Sketch of the medical history of the native army of Bombay, for the year
Year: 1870
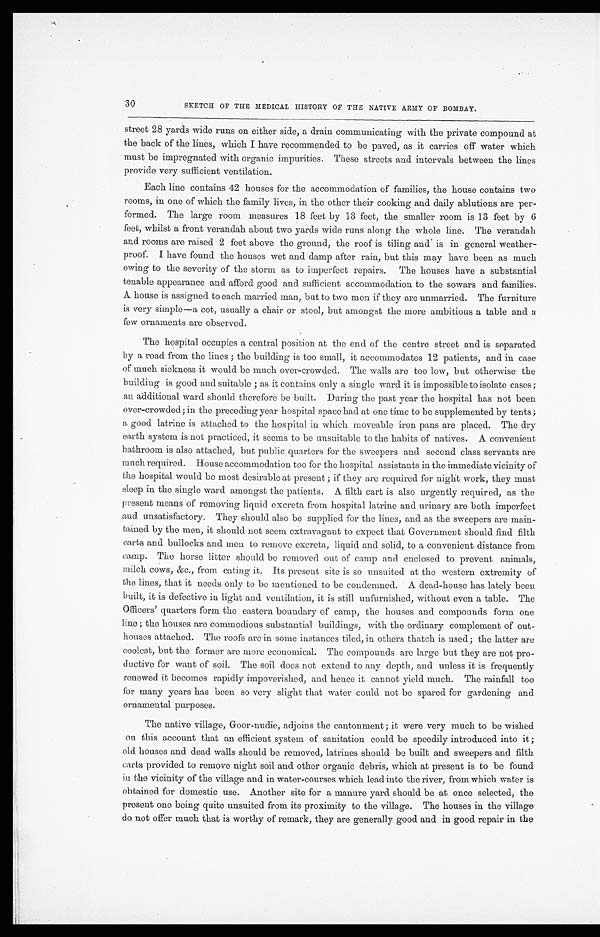
3 0
SKETCH OF THE MEDICAL HISTORY OF THE NATIVE ARMY OF BOMBAY.
street 28 yards wide runs on either side, a drain communicating with the private compound at
the back of the lines, which I have recommended to be paved, as it carries off water which
must be impregnated with organic impurities. These streets and intervals between the lines
provide very sufficient ventilation.
Each line contains 42 houses for the accommodation of families, the house contains two
rooms, in one of which the family lives, in the other their cooking and daily ablutions are pe
r-formed. The large room measures 18 feet by 13 feet, the smaller room is 13 feet by 6
feet, whilst a front verandah about two yards wide runs along the whole line. The verandah
and rooms are raised 2 feet above the ground, the roof is tiling and is in general weather
-proof. I have found the houses wet and damp after rain, but this may have been as much
owing to the severity of the storm as to imperfect repairs. The houses have a substantial
tenable appearance and afford good and sufficient accommodation to the sowars and families.
A house is assigned to each married man, but to two men if they are unmarried. The furniture
is very simple—a cot, usually a chair or stool, but amongst the more ambitious a table and a
few ornaments are observed.
The hospital occupies a central position at the end of the centre street and is separated
by a road from the lines ; the building is too small, it accommodates 12 patients, and in case
of much sickness it would be much over-crowded. The walls are too low, but otherwise the
building is good and suitable ; as it contains only a single ward it is impossible to isolate cases;
an additional ward should therefore be built. During the past year the hospital has not been
over-crowded; in the preceding year hospital space had at one time to be supplemented by tents;
a good latrine is attached to the hospital in which moveable iron pans are placed. The dry
earth system is not practiced, it seems to be unsuitable to the habits of natives. A convenient
bathroom is also attached, but public quarters for the sweepers and second class servants are
much required. House accommodation too for the hospital assistants in the immediate vicinity of
the hospital would be most desirable at present ; if they are required for night work, they must
sleep in the single ward amongst the patients. A filth cart is also urgently required, as the
present means of removing liquid excreta from hospital latrine and urinary are both imperfect
and unsatisfactory. They should also be supplied for the lines, and as the sweepers are main
-tained by the men, it should not seem extravagant to expect that Government should find filth
carts and bullocks and men to remove excreta, liquid and solid, to a convenient distance from
camp. The horse litter should be removed out of camp and enclosed to prevent animals,
mulch cows, &c., from eating it. Its present site is so unsuited at the western extremity of
the lines, that it needs only to be mentioned to be condemned. A dead-house has lately been
built, it is defective in light and ventilation, it is still unfurnished, without even a table. The
Officers' quarters form the eastern boundary of camp, the houses and compounds form one
line ; the houses are commodious substantial buildings, with the ordinary complement of out
-houses attached. The roofs are in some instances tiled, in others thatch is used; the latter are
coolest, but the former are more economical. The compounds are large but they are not pro
-ductive for want of soil. The soil does not extend to any depth, and unless it is frequently
renewed it becomes rapidly impoverished, and hence it cannot yield much. The rainfall too
for many years has been so very slight that water could not be spared for gardening and
ornamental purposes.
The native village, Goor-nudie, adjoins the cantonment; it were very much to be wished
on this account that an efficient system of sanitation could be speedily introduced into it ;
old houses and dead walls should be removed, latrines should be built and sweepers and filth
carts provided to remove night soil and other organic debris, which at present is to be found
in the vicinity of the village and in water-courses which lead into the river, from which water is
obtained for domestic use. Another site for a manure yard should be at once selected, the
present one being quite unsuited from its proximity to the village. The houses in the village
do not offer much that is worthy of remark, they are generally good and in good repair in the